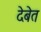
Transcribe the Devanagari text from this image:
देबेत